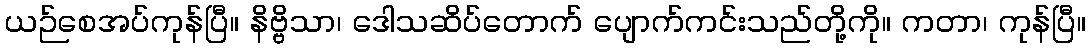
ယဉ်စေအပ်ကုန်ပြီ။ နိဗ္ဗိသာ၊ ဒေါသဆိပ်တောက် ပျောက်ကင်းသည်တို့ကို။ ကတာ၊ ကုန်ပြီ။